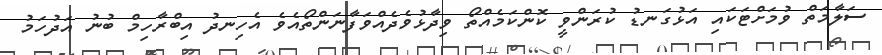
ސަލާމަތް ވުމަށްޓަކައި އަޅުގަނޑުު ކުރަންވީ ކޮންކަމެއްތޯ ވިދާޅުވެދެއްވަފާނަންތޯއެވެ އެހިނދު އިބްރާހިމް ބުނު އަދުހަމު